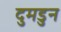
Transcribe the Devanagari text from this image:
दुमडुन